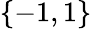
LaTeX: \{ -1,1\}